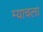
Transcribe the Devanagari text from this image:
म्याचला